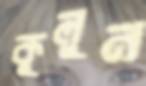
কুলুন